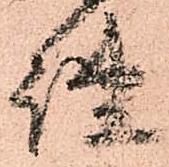
謐